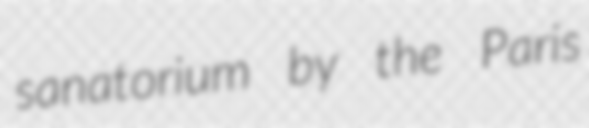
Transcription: sanatorium by the Paris